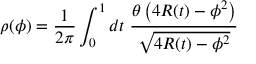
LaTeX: \rho ( \phi ) = \frac { 1 } { 2 \pi } \int _ { 0 } ^ { 1 } d t \; \frac { \theta \left( 4 R ( t ) - \phi ^ { 2 } \right) } { \sqrt { 4 R ( t ) - \phi ^ { 2 } } }